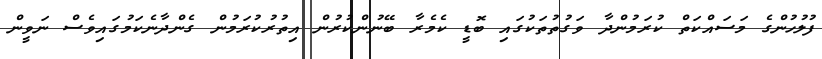
ފުލުހުންގެ މަސައްކަތް ކުރަމުންދާ ވަގުތުތަކުގައި ބޮޑީ ކެމެރާ ބޭނުންކުރުން އިތުރުކުރަމުން ގެންދާނެކަމުގައިވެސް ނަވީން